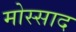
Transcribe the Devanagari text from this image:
मोस्साद